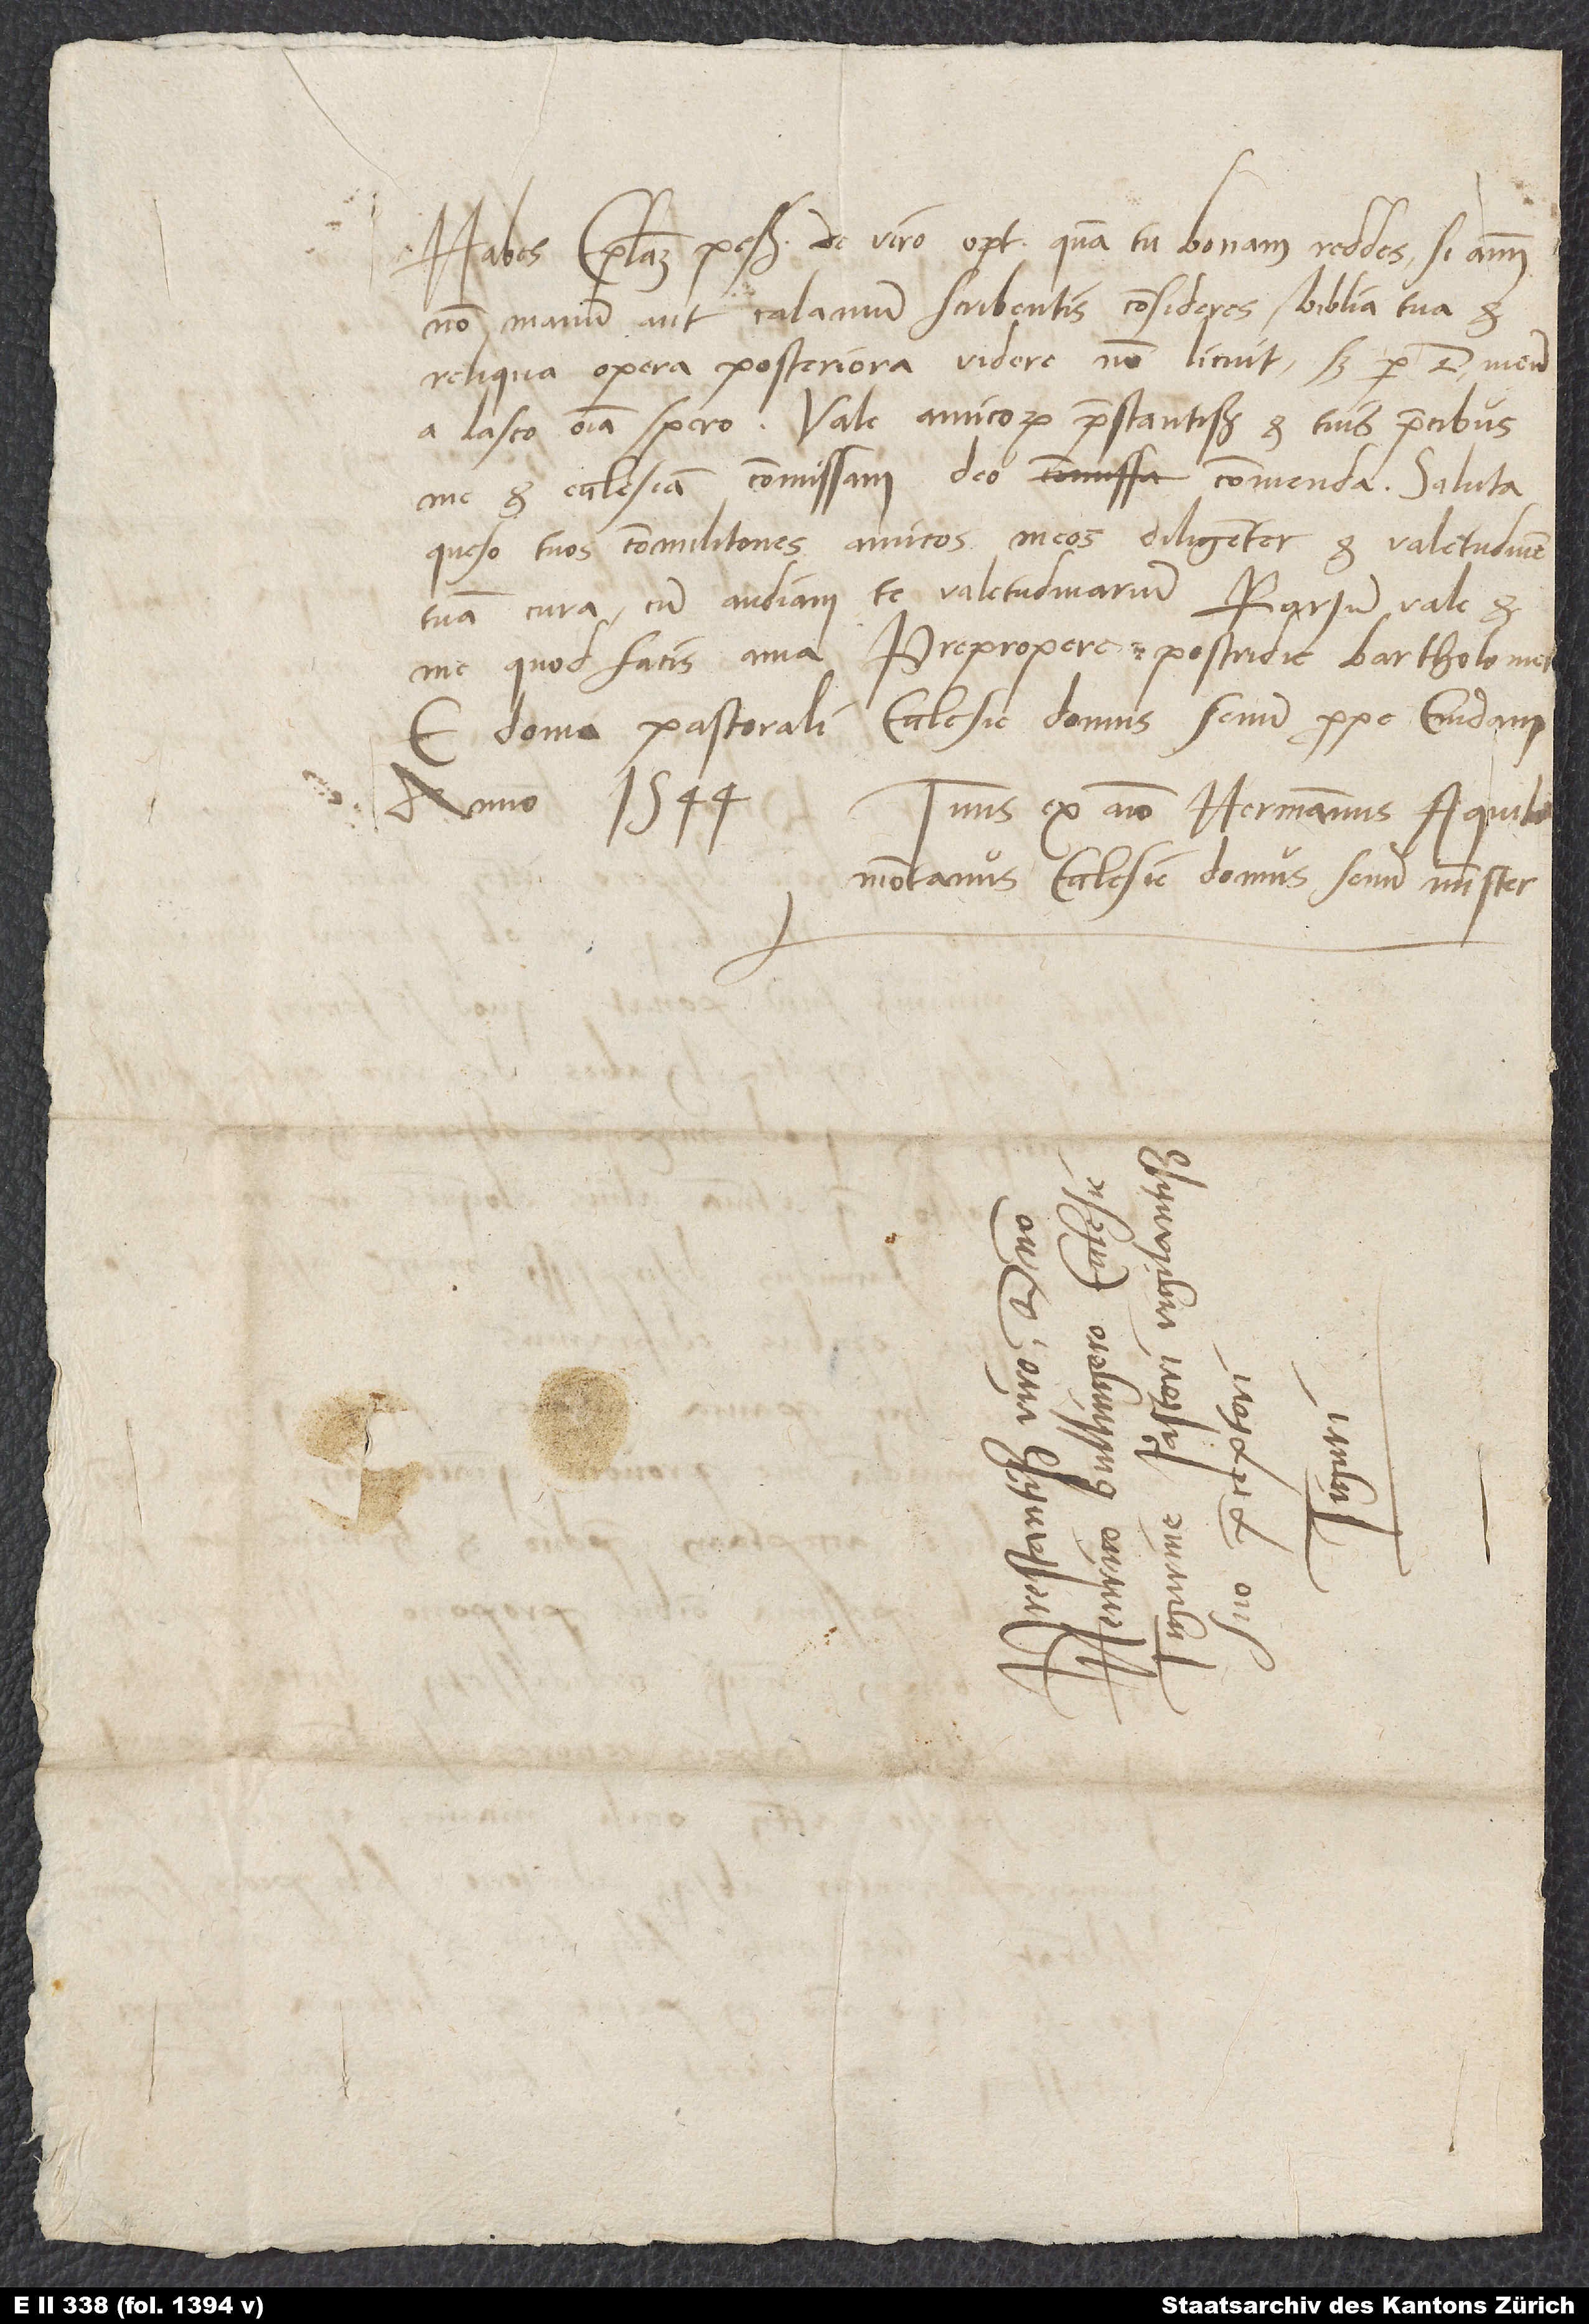
Habes epistolam pessimam de viro optimo, quam tu bonam reddes, si animum,
non manum aut calamum scribentis consideres. Biblia tua et
reliqua opera posteriora videre non licuit; sed per d. meum
a Lasco omnia spero. Vale, amicorum praestantissime, et tuis precibus
me et ecclesiam commissam deo commenda. Saluta,
queso, tuos commilitones, amicos meos, diligenter et valetudinem
tuam cura, cum audiam te valetudinarium. Rursum vale et
me, quod facis, ama. Prepropere, postridie Bartholome
e domo pastorali ecclesie Domus Senum prope Emdam,
anno 1544. Tuus ex animo Hermannus Aquilomontanus,
ecclesie Domus Senum minister.